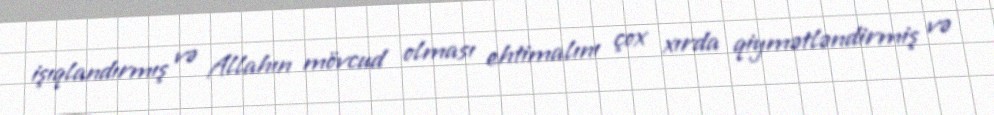
işıqlandırmış və Allahın mövcud olması ehtimalını çox xırda qiymətləndirmiş və